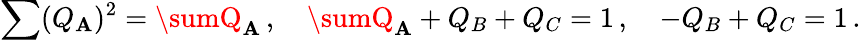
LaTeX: \sum(Q_{\mathbf{A}})^{2}=\sumQ_{\mathbf{A}}\, ,\quad\sumQ_{\mathbf{A}}+Q_{B}+Q_{C}=1\, ,\quad-Q_{B}+Q_{C}=1\, .